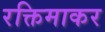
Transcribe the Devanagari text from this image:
रक्तिमाकर